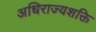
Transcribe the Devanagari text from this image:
अधिराज्यशक्ति